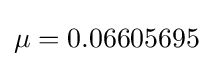
\mu =0.06605695